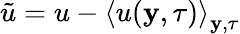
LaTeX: \tilde{u}=u-\left\langle u(\mathbf{y},\tau)\right\rangle_{\mathbf{y},\tau}